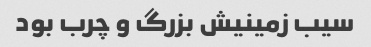
سیب زمینیش بزرگ و چرب بود